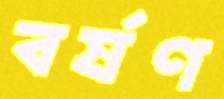
বর্ষণ